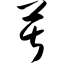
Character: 苦